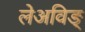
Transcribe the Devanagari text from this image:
लेअविङ्